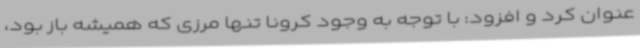
عنوان کرد و افزود: با توجه به وجود کرونا تنها مرزی که همیشه باز بود،